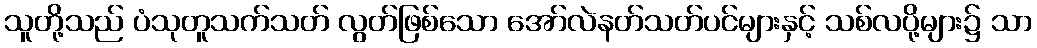
သူတို့သည် ပံသုတူသက်သတ် လွတ်ဖြစ်သော အော်လဲနတ်သတ်ပင်များနှင့် သစ်လပို့များ၌ သာ